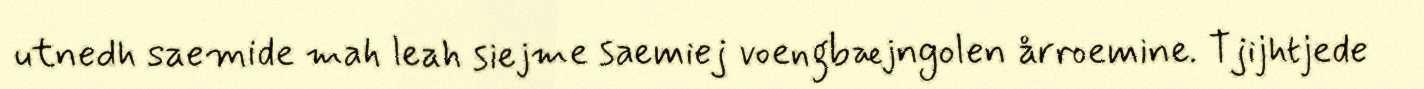
utnedh saemide mah leah siejme saemiej voengbæjngolen årroemine. Tjijhtjede